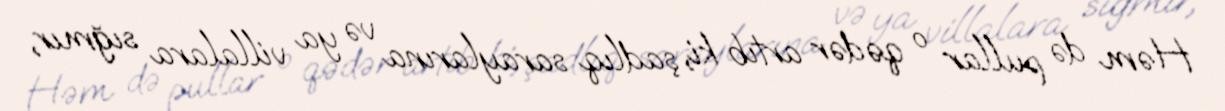
Həm də pullar o qədər artıb ki, şadlıq saraylarına və ya villalara sığmır,